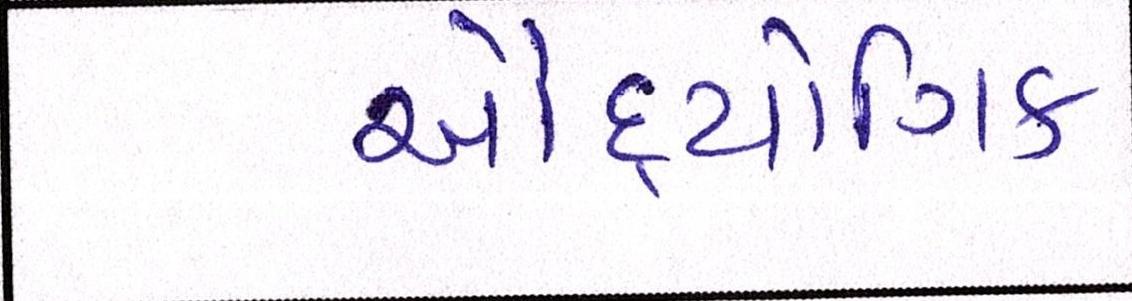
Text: ઔદ્યોગિક